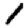
Digit: 1